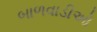
બાળવાડીઓ